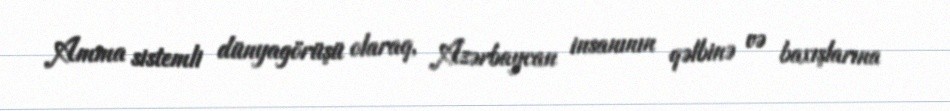
Amma sistemli dünyagörüşü olaraq, Azərbaycan insanının qəlbinə və baxışlarına